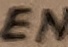
Text: EN